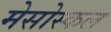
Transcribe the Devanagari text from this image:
मेसोस्कल